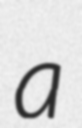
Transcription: a